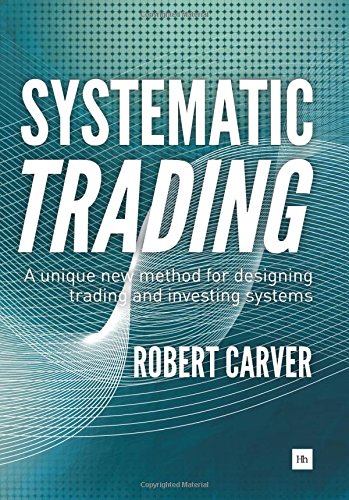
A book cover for Systematic Trading: A unique new method for designing trading and investing systems; Robert Carver; Business & Money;